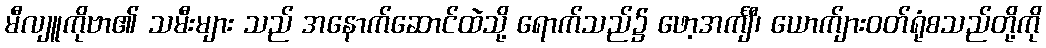
မီလျူကိုဗာ၏ သမီးများ သည် အနောက်ဆောင်ထဲသို့ ရောက်သည်၌ ဖော့အင်္ကျီ၊ ယောက်ျားဝတ်ရုံစသည်တို့ကို